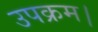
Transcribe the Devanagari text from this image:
उपक्रम।